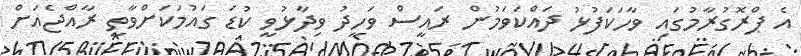
އެ ޕްރޮގުރާމުގައި ވާހަކަފުޅު ދައްކަވަމުން ރައީސް ވަހީދު ވިދާޅުވީ ކުޑަ ގައުމަކަށްވާތީ ރާއްޖެއަށް